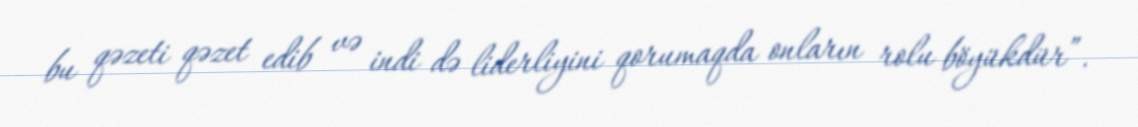
bu qəzeti qəzet edib və indi də liderliyini qorumaqda onların rolu böyükdür”.